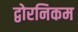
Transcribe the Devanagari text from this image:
द्वोरनिकम